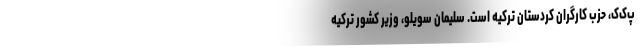
پ‌ک‌ک، حزب کارگران کردستان ترکیه است. سلیمان سویلو، وزیر کشور ترکیه